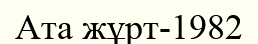
Ата жұрт-1982